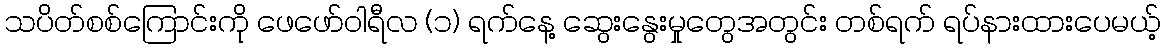
သပိတ်စစ်ကြောင်းကို ဖေဖော်ဝါရီလ (၁) ရက်နေ့ ဆွေးနွေးမှုတွေအတွင်း တစ်ရက် ရပ်နားထားပေမယ့်